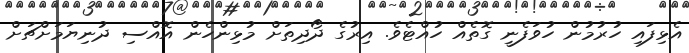
އެޅިފައި ހުރުމުން ހުވަފެނީ ގޮތެއް ހުއްޓެވެ. އިރުގެ ދޯދިތަށް މުޅިންހެން އޮއްސި ދުނިޔަމަށްޗަށް